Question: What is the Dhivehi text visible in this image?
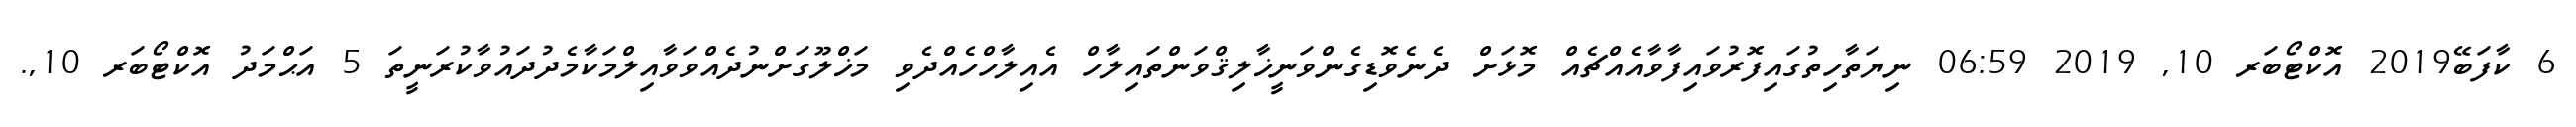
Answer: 6 ކާފަބޭ2019 އޮކްޓޯބަރ 10, 2019 06:59 ނިޔަތާހިތުގައިފޮރުވައިފާވާއެއްޗެއް މޮޅަށް ދެނެވޮޑިގެންވަނީޚާލިޤްވަންތައިލާހް އެއިލާހްހެއްދެވި މަޚްލޫގަށްނުދެއްވަވާއިލްމަކާމެދުދައުވާކުރަނީތަ 5 އަޙްމަދު އޮކްޓޯބަރ 10,.